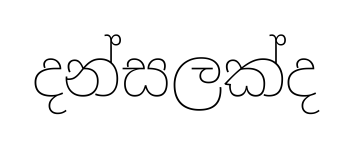
දන්සලක්ද